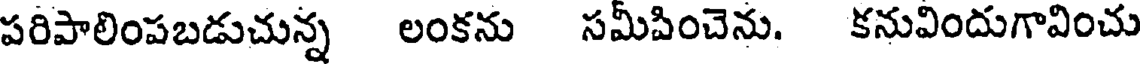
పరిపాలింపబడుచున్న లంకను సమీపించెను. కనువిందుగావించు